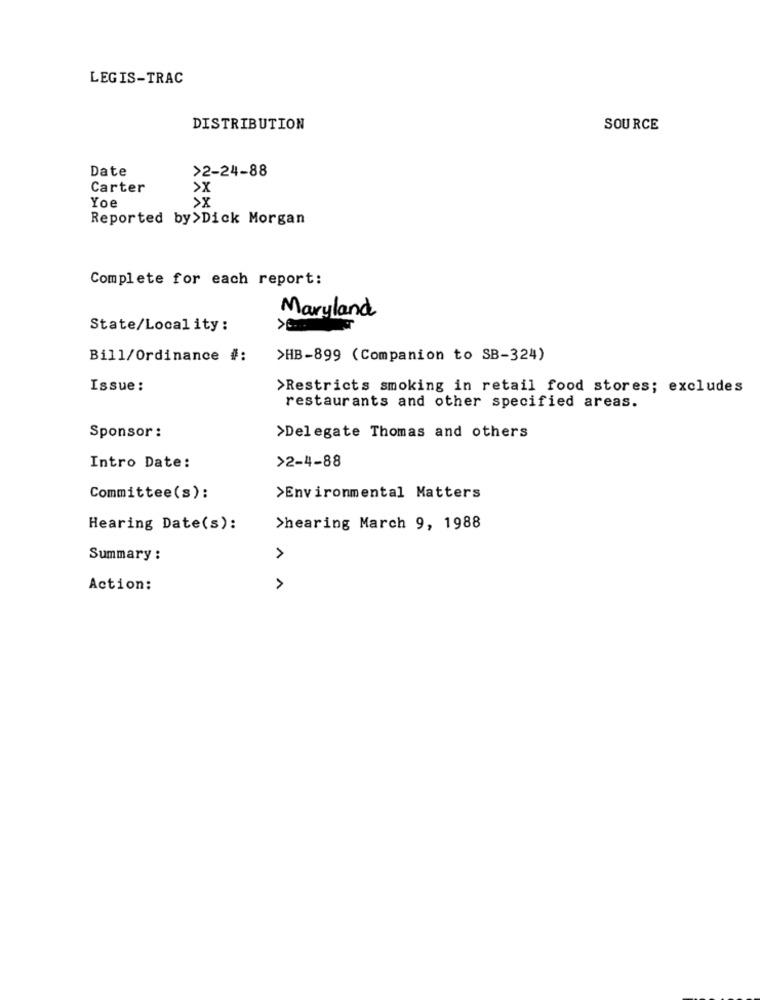
LEGIS-TRAC
DISTRIBUTION
SOURCE
Date
>2-24-88
Carter
>X
Yoe
>X
Reported by>Dick Morgan
Complete for each report:
Maryland
State/Locality :
Bill/Ordinance #:
>HB-899 (Companion to SB-324)
Issue:
>Restricts smoking in retail food stores; excludes
restaurants and other specified areas.
Sponsor :
>Delegate Thomas and others
Intro Date:
>2-4-88
Committee(s):
>Environmental Matters
Hearing Date(s):
>hearing March 9, 1988
Summary :
Action: